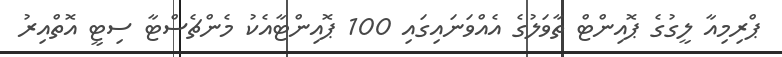
ޕްރިމިއާ ލީގުގެ ޕޮއިންޓް ތާވަލުގެ އެއްވަނައިގައި 100 ޕޮއިންޓާއެކު މެންޗެސްޓާ ސިޓީ އޮތްއިރު